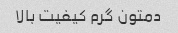
دمتون گرم کیفیت بالا